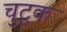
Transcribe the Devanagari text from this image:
चुटूक